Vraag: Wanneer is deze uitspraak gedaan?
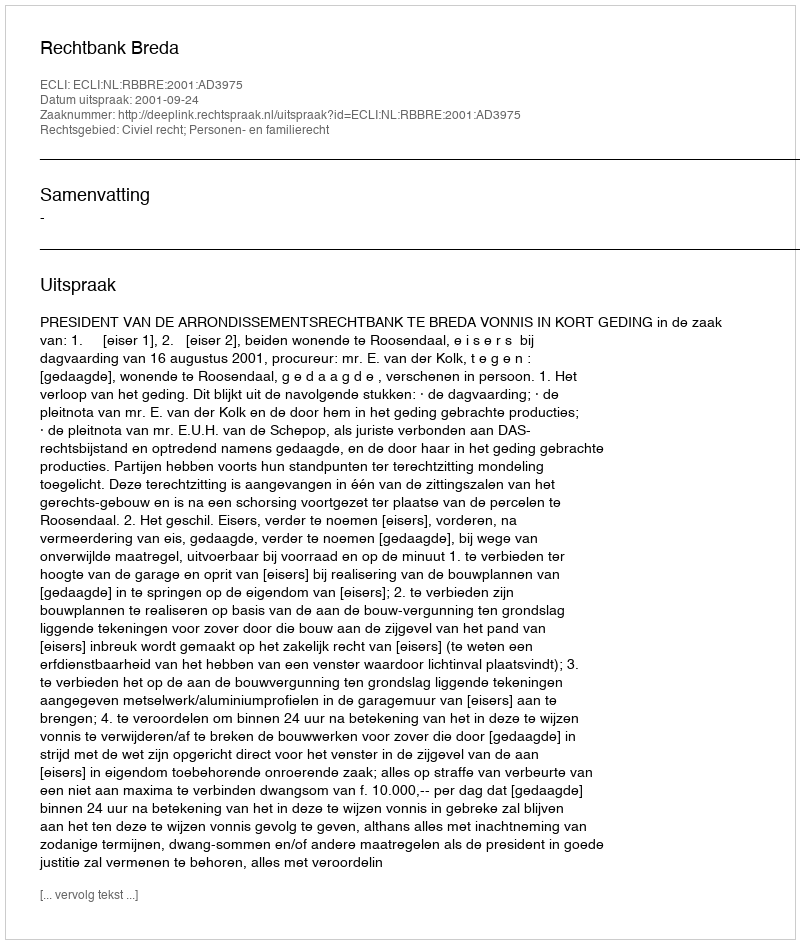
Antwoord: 2001-09-24